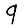
Digit: 9